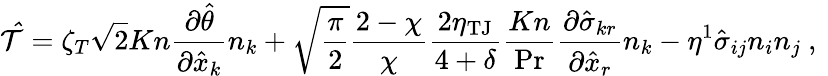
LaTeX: \mathcal{\hat{T}}=\zeta_{T}\sqrt{2}Kn\frac{\partial\hat{\theta}}{\partial\hat{x}_{k}}n_{k}+\sqrt{\frac{\pi}{2}}\frac{2-\chi}{\chi}\frac{2\eta_{\mathrm{TJ}}}{4+\delta}\frac{Kn}{\operatorname*{Pr}}\frac{\partial\hat{\sigma}_{kr}}{\partial\hat{x}_{r}}n_{k}-\eta^{1}\hat{\sigma}_{ij}n_{i}n_{j}\mathrm{~,~}